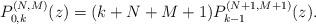
LaTeX: \begin{gather*} P_{0,k}^{(N,M) }(z) =(k+N+M+1) P_{k-1}^{(N+1,M+1) }(z) .\end{gather*}